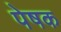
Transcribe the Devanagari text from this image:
पेषक